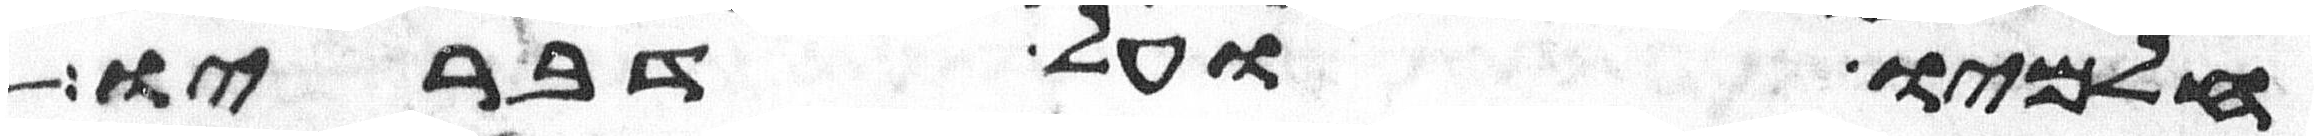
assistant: חלמיו ועל דבריו